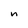
Character: n